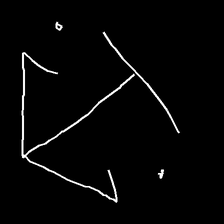
Glyph: earth